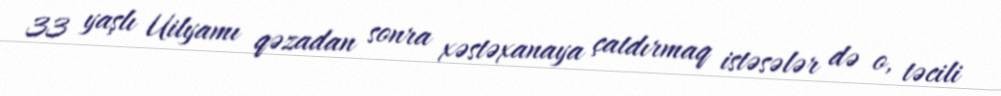
33 yaşlı Uilyamı qəzadan sonra xəstəxanaya çatdırmaq istəsələr də o, təcili